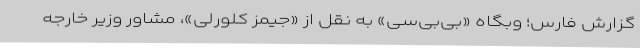
گزارش فارس؛ وبگاه «بی‌بی‌سی» به نقل از «جیمز کلورلی»، مشاور وزیر خارجه